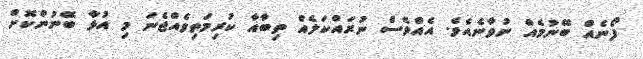
ފޯނެއް ބޭނުމެއް ނުވާނެއެވެ. އެއްވެސް ނުރައްކަލެއް ތިބާއާ ކުރިމަތިވެއްޖެނަ މި އުޅާ ބޭނުންކޮށް